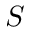
S